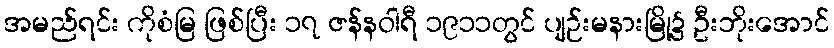
အမည်ရင်း ကိုစံမြ ဖြစ်ပြီး ၁၇ ဇန်နဝါရီ ၁၉၁၁တွင် ပျဉ်းမနားမြို့၌ ဦးဘိုးအောင်